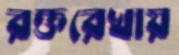
রক্তরেখায়